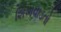
શિખવાડતો